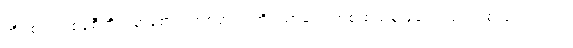
အိပ်စင် တစ်ခုစီတိုင်းမှာစောင် တစ်ထည် အိပ်ယာခင်း တစ်ထည်နဲ့ ခေါင်းအုံး တစ်လုံးပါတယ်။